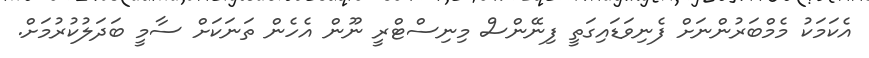
އެކަމަކު މެމްބަރުންނަށް ފެނިވަޑައިގަތީ ފިނޭންސް މިނިސްޓްރީ ނޫން އެހެން ތަނަކަށް ސާމީ ބަދަލުކުރުމަށް.